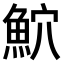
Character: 𫙕